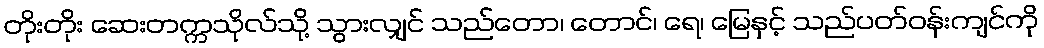
တိုးတိုး ဆေးတက္ကသိုလ်သို့ သွားလျှင် သည်တော၊ တောင်၊ ရေ၊ မြေနှင့် သည်ပတ်ဝန်းကျင်ကို